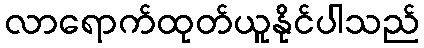
လာရောက်ထုတ်ယူနိုင်ပါသည်